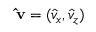
\mathbf { \hat { v } } = ( \hat { v } _ { x } , \hat { v } _ { z } )